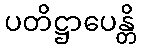
ပတိဋ္ဌာပေန္တိ